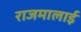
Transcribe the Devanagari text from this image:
राजमालाई